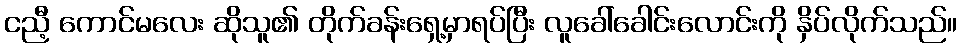
ငညီ့ ကောင်မလေး ဆိုသူ၏ တိုက်ခန်းရှေ့မှာရပ်ပြီး လူခေါ်ခေါင်းလောင်းကို နှိပ်လိုက်သည်။